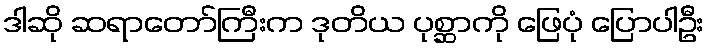
ဒါဆို ဆရာတော်ကြီးက ဒုတိယ ပုစ္ဆာကို ဖြေပုံ ပြောပါဦး